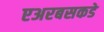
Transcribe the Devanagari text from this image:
एअरबसकडे